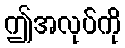
ဤအလုပ်ကို